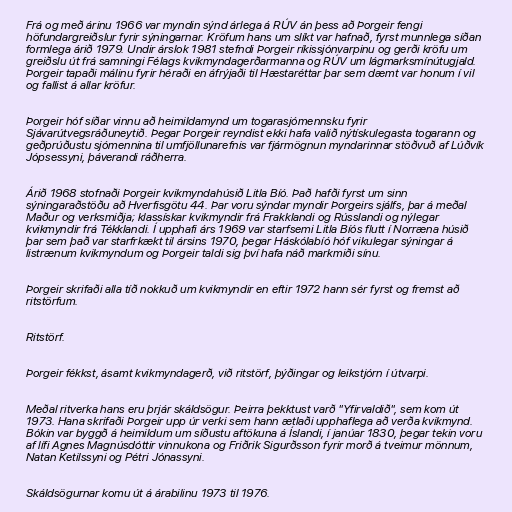
Frá og með árinu 1966 var myndin sýnd árlega á RÚV án þess að Þorgeir fengi
höfundargreiðslur fyrir sýningarnar. Kröfum hans um slíkt var hafnað, fyrst munnlega síðan
formlega árið 1979. Undir árslok 1981 stefndi Þorgeir ríkissjónvarpinu og gerði kröfu um
greiðslu út frá samningi Félags kvikmyndagerðarmanna og RÚV um lágmarksmínútugjald.
Þorgeir tapaði málinu fyrir héraði en áfrýjaði til Hæstaréttar þar sem dæmt var honum í vil
og fallist á allar kröfur.

Þorgeir hóf síðar vinnu að heimildamynd um togarasjómennsku fyrir
Sjávarútvegsráðuneytið. Þegar Þorgeir reyndist ekki hafa valið nýtískulegasta togarann og
geðprúðustu sjómennina til umfjöllunarefnis var fjármögnun myndarinnar stöðvuð af Lúðvík
Jópsessyni, þáverandi ráðherra.

Árið 1968 stofnaði Þorgeir kvikmyndahúsið Litla Bíó. Það hafði fyrst um sinn
sýningaraðstöðu að Hverfisgötu 44. Þar voru sýndar myndir Þorgeirs sjálfs, þar á meðal
Maður og verksmiðja; klassískar kvikmyndir frá Frakklandi og Rússlandi og nýlegar
kvikmyndir frá Tékklandi. Í upphafi árs 1969 var starfsemi Litla Bíós flutt í Norræna húsið
þar sem það var starfrkækt til ársins 1970, þegar Háskólabíó hóf vikulegar sýningar á
listrænum kvikmyndum og Þorgeir taldi sig því hafa náð markmiði sínu.

Þorgeir skrifaði alla tíð nokkuð um kvikmyndir en eftir 1972 hann sér fyrst og fremst að
ritstörfum.

Ritstörf.

Þorgeir fékkst, ásamt kvikmyndagerð, við ritstörf, þýðingar og leikstjórn í útvarpi.

Meðal ritverka hans eru þrjár skáldsögur. Þeirra þekktust varð "Yfirvaldið", sem kom út
1973. Hana skrifaði Þorgeir upp úr verki sem hann ætlaði upphaflega að verða kvikmynd.
Bókin var byggð á heimildum um síðustu aftökuna á Íslandi, í janúar 1830, þegar tekin voru
af lífi Agnes Magnúsdóttir vinnukona og Friðrik Sigurðsson fyrir morð á tveimur mönnum,
Natan Ketilssyni og Pétri Jónassyni.

Skáldsögurnar komu út á árabilinu 1973 til 1976.